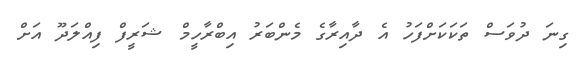
ގިނަ ދުވަސް ތަކަކަށްފަހު އެ ދާއިރާގެ މެންބަރު އިބްރާހީމް ޝަރީފް ފިއްލަދޫ އަށް